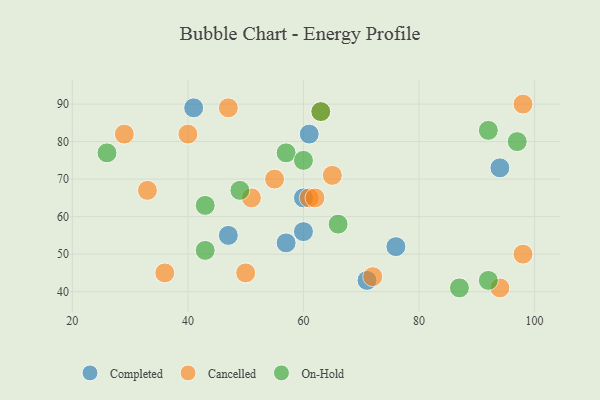
{"axis": {"x": "GDP", "y": "Life Expectancy"}, "legend": ["Cancelled", "Completed", "On-Hold"], "data": [{"x": "41", "y": 89, "type": "Completed"}, {"x": "71", "y": 43, "type": "Completed"}, {"x": "94", "y": 73, "type": "Completed"}, {"x": "61", "y": 82, "type": "Completed"}, {"x": "76", "y": 52, "type": "Completed"}, {"x": "57", "y": 53, "type": "Completed"}, {"x": "60", "y": 56, "type": "Completed"}, {"x": "60", "y": 65, "type": "Completed"}, {"x": "47", "y": 55, "type": "Completed"}, {"x": "29", "y": 82, "type": "Cancelled"}, {"x": "33", "y": 67, "type": "Cancelled"}, {"x": "72", "y": 44, "type": "Cancelled"}, {"x": "50", "y": 45, "type": "Cancelled"}, {"x": "94", "y": 41, "type": "Cancelled"}, {"x": "47", "y": 89, "type": "Cancelled"}, {"x": "98", "y": 50, "type": "Cancelled"}, {"x": "63", "y": 88, "type": "Cancelled"}, {"x": "51", "y": 65, "type": "Cancelled"}, {"x": "40", "y": 82, "type": "Cancelled"}, {"x": "55", "y": 70, "type": "Cancelled"}, {"x": "61", "y": 65, "type": "Cancelled"}, {"x": "98", "y": 90, "type": "Cancelled"}, {"x": "62", "y": 65, "type": "Cancelled"}, {"x": "36", "y": 45, "type": "Cancelled"}, {"x": "65", "y": 71, "type": "Cancelled"}, {"x": "49", "y": 67, "type": "On-Hold"}, {"x": "57", "y": 77, "type": "On-Hold"}, {"x": "26", "y": 77, "type": "On-Hold"}, {"x": "63", "y": 88, "type": "On-Hold"}, {"x": "60", "y": 75, "type": "On-Hold"}, {"x": "97", "y": 80, "type": "On-Hold"}, {"x": "92", "y": 43, "type": "On-Hold"}, {"x": "87", "y": 41, "type": "On-Hold"}, {"x": "66", "y": 58, "type": "On-Hold"}, {"x": "43", "y": 51, "type": "On-Hold"}, {"x": "43", "y": 63, "type": "On-Hold"}, {"x": "92", "y": 83, "type": "On-Hold"}]}